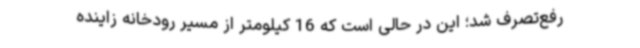
رفع‌تصرف شد؛ این در حالی است که 16 کیلومتر از مسیر رودخانه زاینده